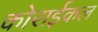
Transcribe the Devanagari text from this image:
कोराईकल